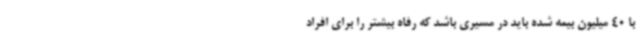
با 40 میلیون بیمه شده باید در مسیری باشد که رفاه بیشتر را برای افراد